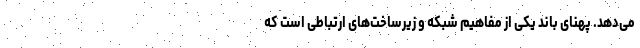
می‌دهد. پهنای باند یکی از مفاهیم شبکه و زیرساخت‌های ارتباطی است که